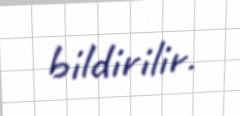
bildirilir.